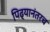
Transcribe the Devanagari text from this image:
पिढ्यानंतरच